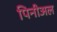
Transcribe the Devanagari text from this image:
पिनीअल